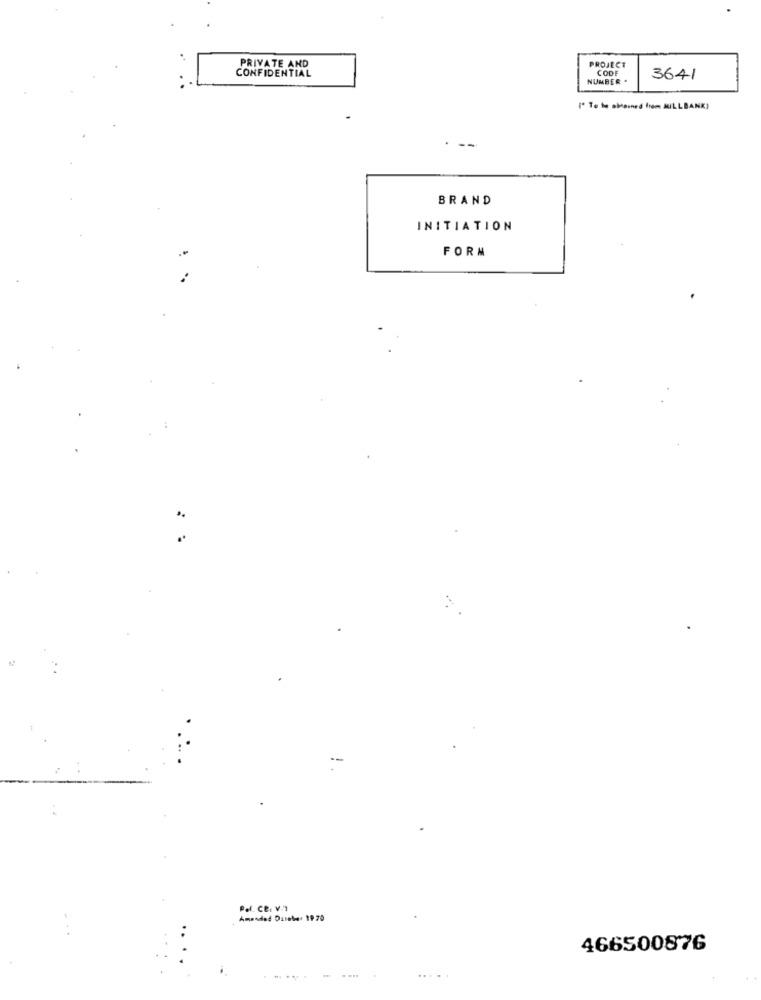
CONFIDENTIAL
PRIVATE AND
PROJECT
CODE
NUMBER
3641
(" To be ablesned from WILLBANK)
BRAND
INITIATION
FORM
Pal. Ce. V.7
Amended Durehe- 19 70
...
466500876
....